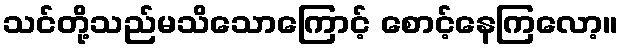
သင်တို့သည်မသိသောကြောင့် စောင့်နေကြလော့။